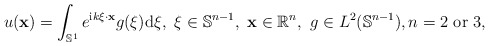
\begin{align*} u(\mathbf x)=\int_{\mathbb S^{1}} e^{\mathrm{i}k\xi\cdot \mathbf{x}}g (\xi)\mathrm d\xi,\ \xi \in \mathbb S^{n-1},\ \mathbf{x} \in \mathbb{R}^n,\ g \in L^{2}(\mathbb S^{n-1}), n= 2 \mbox{ or }3, \end{align*}